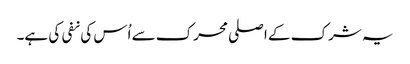
یہ شرک کے اصلی محرک سے اُس کی نفی کی ہے۔